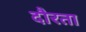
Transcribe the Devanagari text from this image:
दौरता